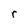
Character: r